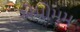
એમોમમ